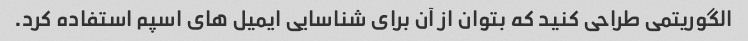
الگوریتمی طراحی کنید که بتوان از آن برای شناسایی ایمیل های اسپم استفاده کرد.